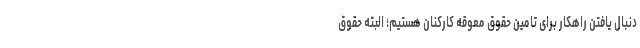
دنبال یافتن راهکار برای تامین حقوق معوقه کارکنان هستیم؛ البته حقوق